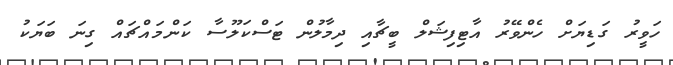
ހަވީރު ގަޑިޔަށް ހެންވޭރު އާޓިފިޝަލް ބީޗާއި ދިމާލުން ޓަސްކަލޫސާ ކަންމައްޗައް ގިނަ ބަޔަކު